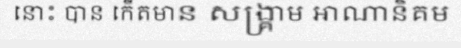
នោះ បាន កើតមាន សង្គ្រាម អាណានិគម